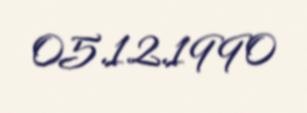
05.12.1990